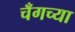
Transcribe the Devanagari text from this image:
चँगच्या